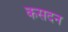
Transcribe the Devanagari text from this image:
कसदन